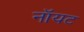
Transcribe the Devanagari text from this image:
नॉयट